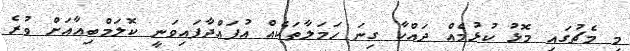
މި މެޗުގައި މޮޅު ކުޅުމެއް ދައްކާ ގިނަ ހަމަލާތަކެއް އުފައްދާފައިވަނީ ކޮލަމްބިއާއަށް ވުރެ